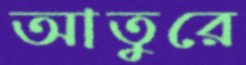
আতুরে